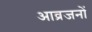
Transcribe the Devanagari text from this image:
आव्रजनों